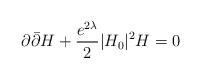
LaTeX: \begin{align*} \partial\bar{\partial}H+\frac{e^{2\lambda}}{2} |H_0|^2H=0 \end{align*}